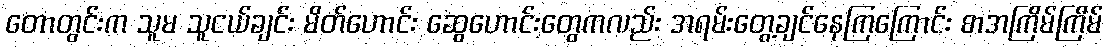
တောတွင်းက သူမ သူငယ်ချင်း မိတ်ဟောင်း ဆွေဟောင်းတွေကလည်း အရမ်းတွေ့ချင်နေကြကြောင်း စာအကြိမ်ကြိမ်